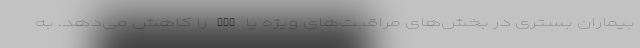
بیماران بستری در بخش‌های مراقبت‌های ویژه یا ICU را کاهش می‌دهد. به